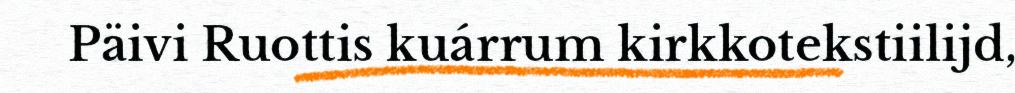
Päivi Ruottis kuárrum kirkkotekstiilijd,